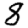
Digit: 8